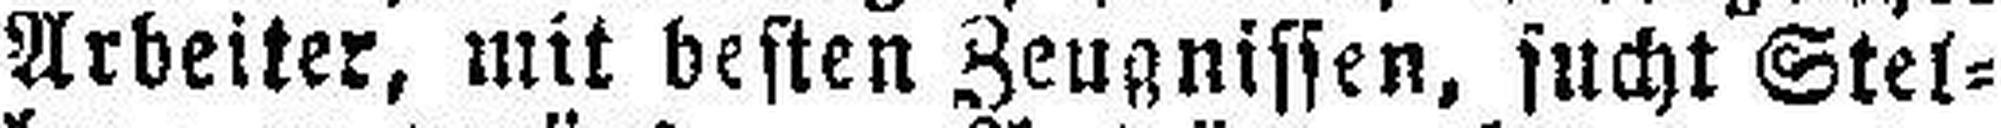
Arbeiter, mit besten Zeugnissen, sucht Stel¬